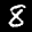
Label: 8